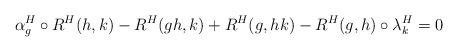
\begin{align*}\alpha^H_g \circ R^H(h,k) - R^H(gh,k) + R^H(g,hk) - R^H(g,h) \circ \lambda^H_k = 0\end{align*}